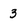
Character: 3